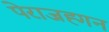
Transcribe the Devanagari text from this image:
पेराजह्गन